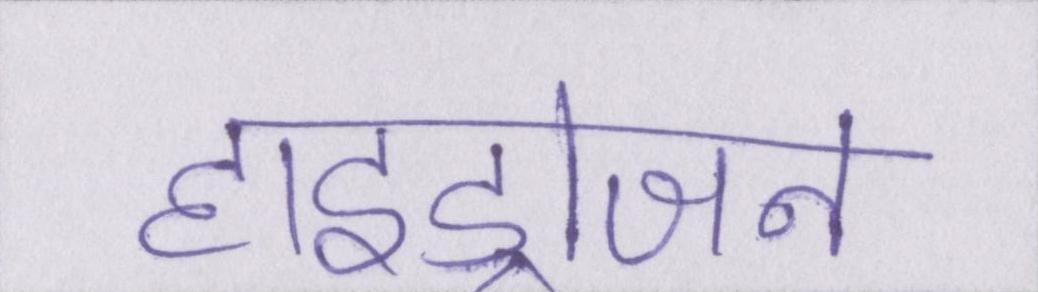
हाइड्रोजन